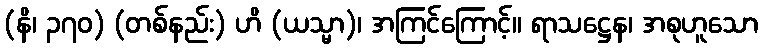
(နိ၊ ၃၇၀) (တစ်နည်း) ဟိ (ယသ္မာ)၊ အကြင်ကြောင့်။ ရာသဋ္ဌေန၊ အစုဟူသော